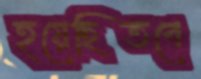
হয়েছিতবে